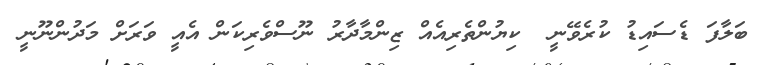
ބަލާފަ ޑެސައިޑު ކުރެވޭނީ  ކިޔުންތެރިއެއް ޒިންމާދާރު ނޫސްވެރިކަން އެއީ ވަރަށް މަދުންނޫނީ